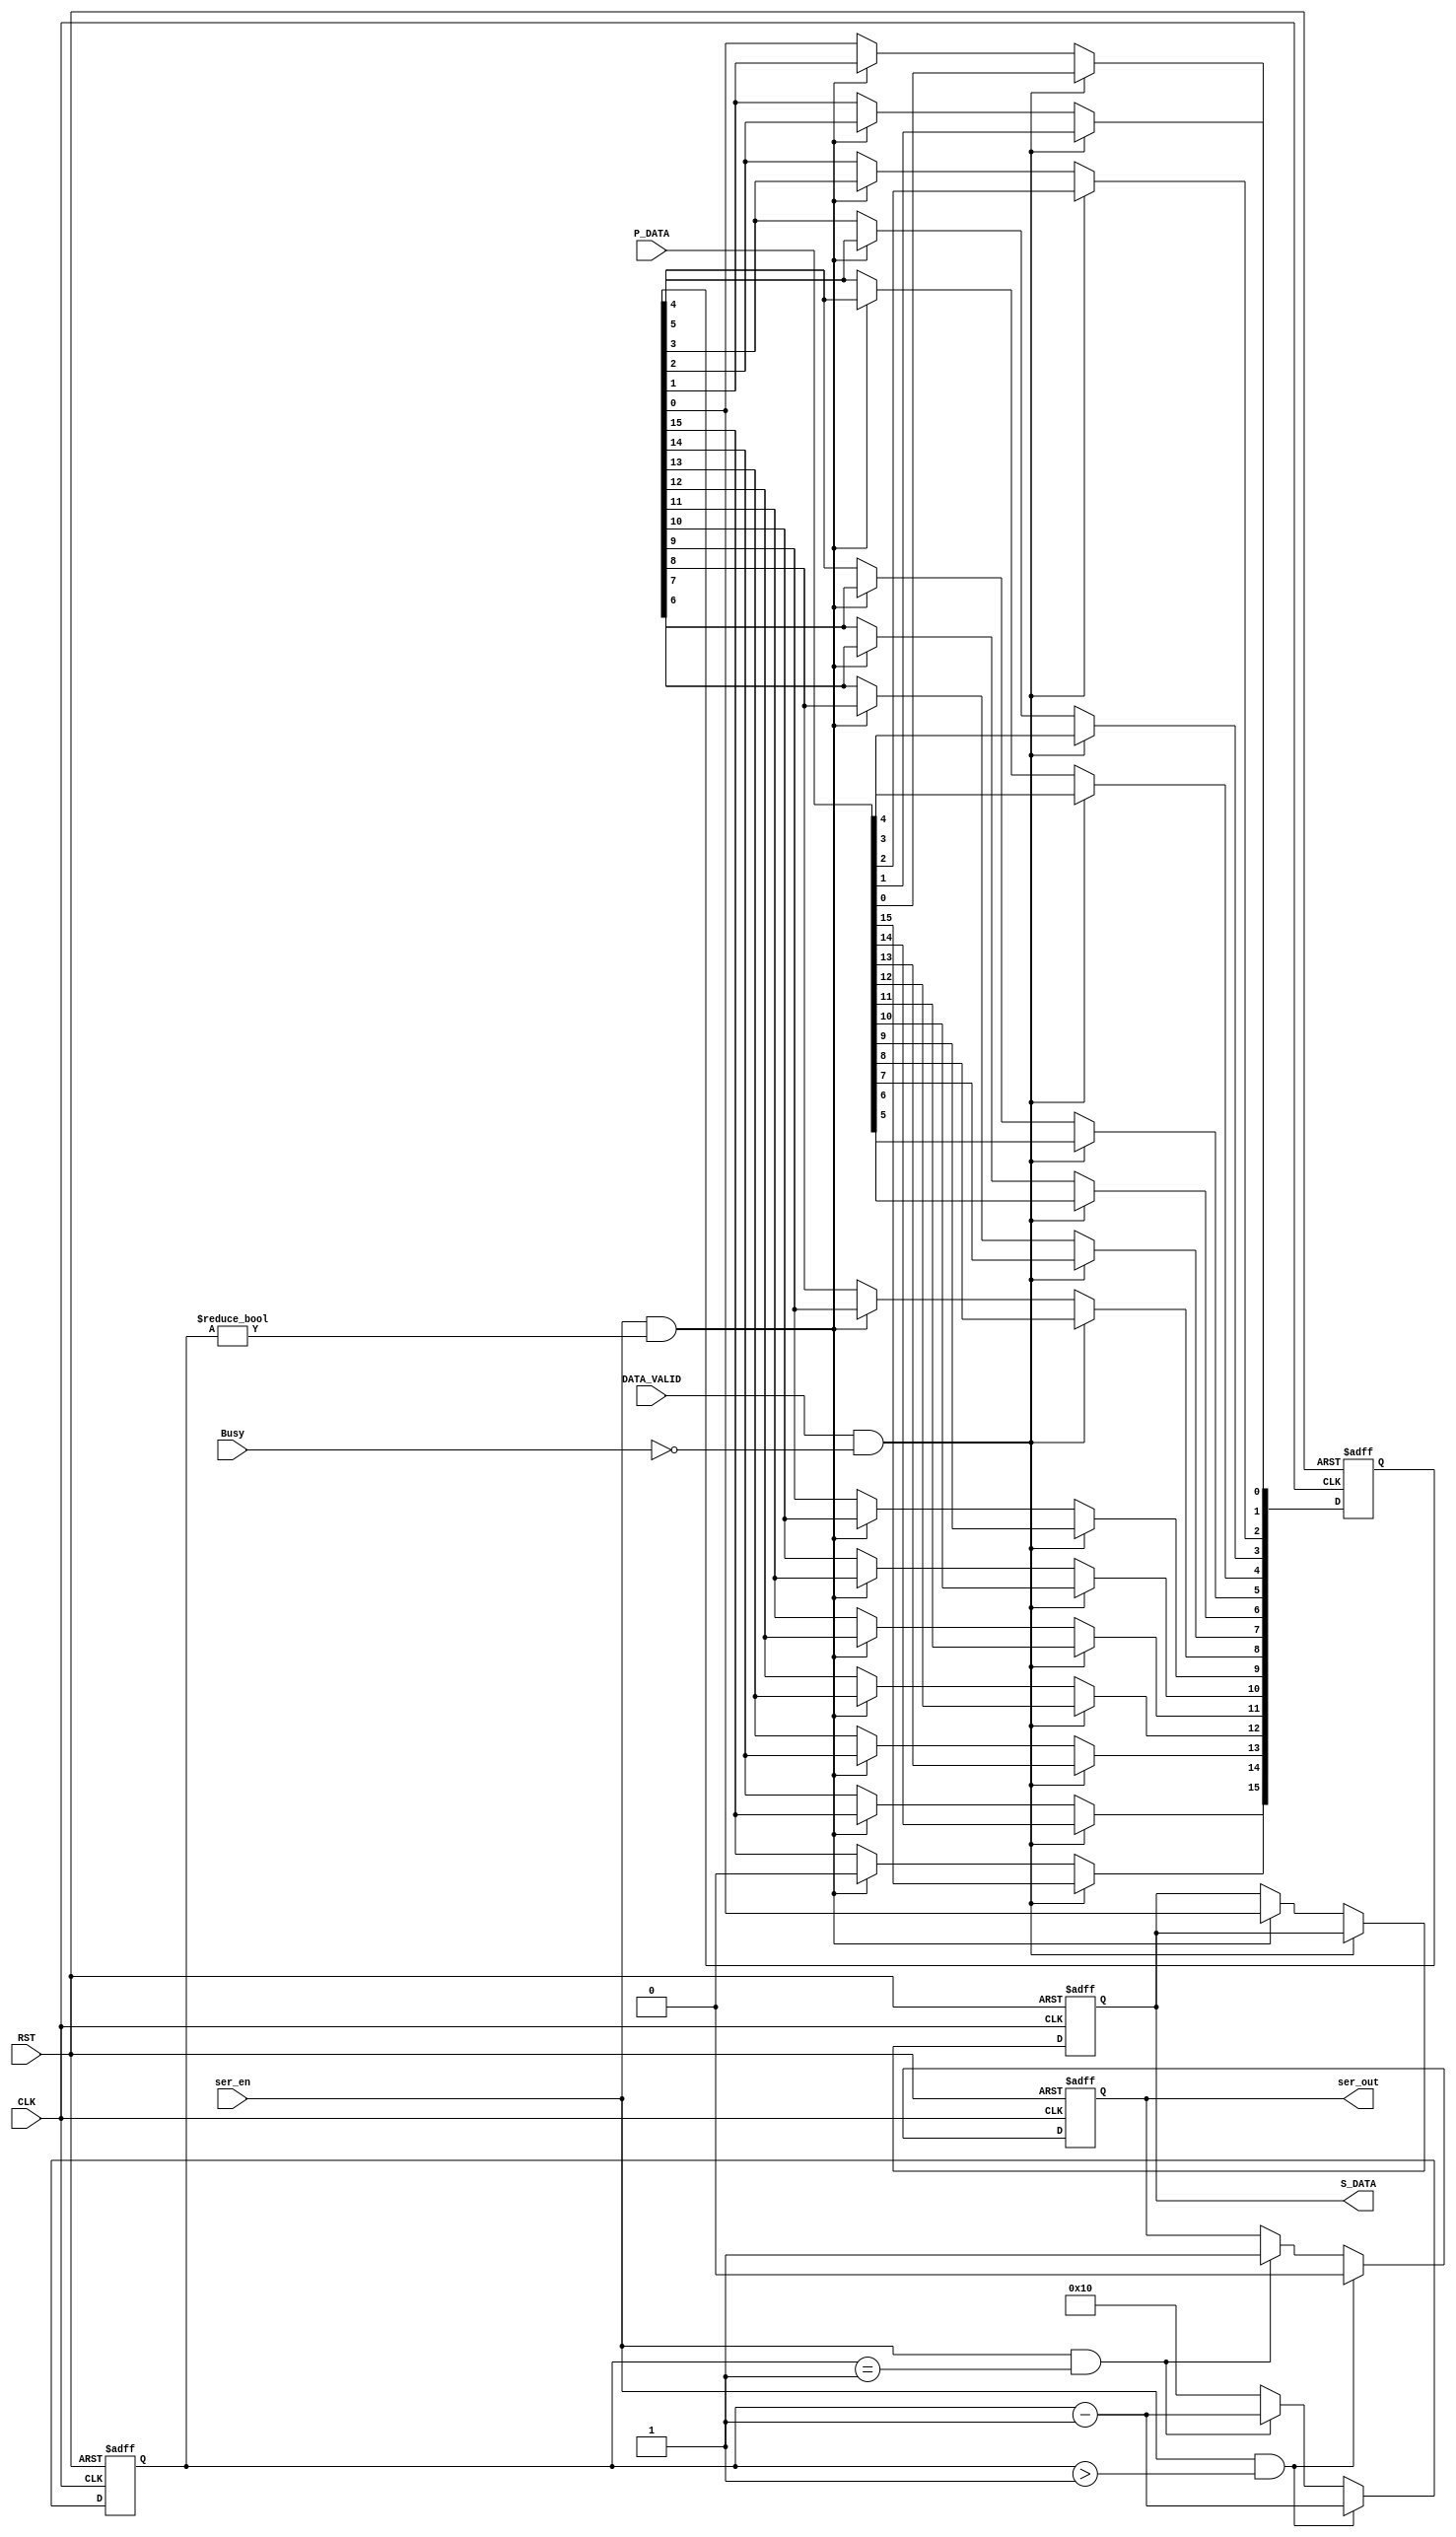
module serializer (
 input wire                   [15:0]                          P_DATA,
 input wire                                                    ser_en,CLK,RST,DATA_VALID,Busy,
 output reg                                                   S_DATA,ser_out
);

reg                  [15:0]                          mem ;
reg                              [4:0]                          counter ;
integer i ;

always @(posedge CLK or negedge RST)
 begin
     if(!RST)
	  begin
	     S_DATA<=1'b0 ;
		 mem<=16'b0 ;
	  end
	  
	 else if(DATA_VALID & !Busy)
	  begin
	     mem<=P_DATA ;
	  end
	 
	 else if(ser_en & (counter!=5'b0))
      begin
         S_DATA<=mem[0] ;
		 for (i=0 ;i<15;i=i+1)
		  begin
		     mem[i]<=mem[i+1] ;
		 end
		 mem[15]<=1'b0 ;
	  end
	  
 end
 
always @(posedge CLK or negedge RST)
 begin
     if(!RST)
	  begin
	     counter<=5'b10000 ;
		 ser_out<=1'b0 ;
	  end
	  
	 else if (ser_en & (counter>5'b1))
	  begin
	     counter<=counter-1'b1 ;
		 ser_out<=1'b0 ;
	  end

	 else if(ser_en & (counter==5'b1))
	  begin
	     ser_out<=1'b1 ;
		 counter<=counter-1'b1 ;
	  end
	  
	 else 
	  counter<=5'b10000 ;
	  
 end

endmodule